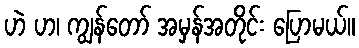
ဟဲ ဟ၊ ကျွန်တော် အမှန်အတိုင်း ပြောမယ်။